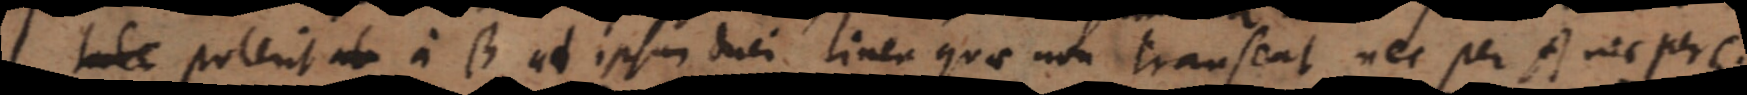
tale poterit a B ad ipsum duci linea quae non transeat nec per A nec per C;